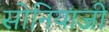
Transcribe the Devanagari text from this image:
सोनियाजी